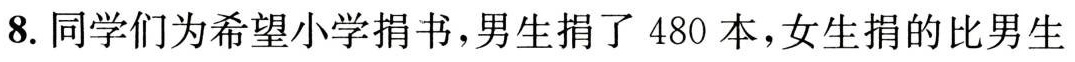
8.同学们为希望小学捐书，男生捐了480本，女生捐的比男生